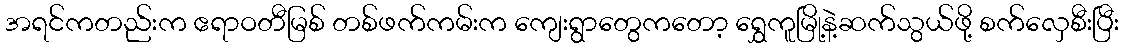
အရင်ကတည်းက ဧရာဝတီမြစ် တစ်ဖက်ကမ်းက ကျေးရွာတွေကတော့ ရွှေကူမြို့နဲ့ဆက်သွယ်ဖို့ စက်လှေစီးပြီး